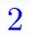
2